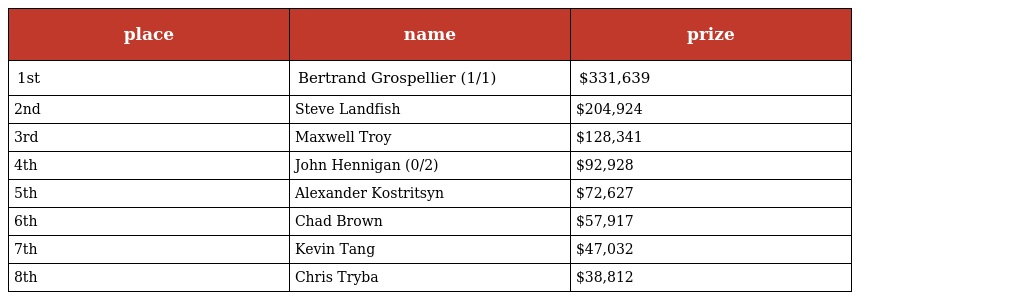
| place | name | prize |
 | --- | --- | --- |
 | 1st | Bertrand Grospellier (1/1) | $331,639 |
 | 2nd | Steve Landfish | $204,924 |
 | 3rd | Maxwell Troy | $128,341 |
 | 4th | John Hennigan (0/2) | $92,928 |
 | 5th | Alexander Kostritsyn | $72,627 |
 | 6th | Chad Brown | $57,917 |
 | 7th | Kevin Tang | $47,032 |
 | 8th | Chris Tryba | $38,812 |